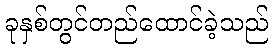
ခုနှစ်တွင်တည်ထောင်ခဲ့သည်